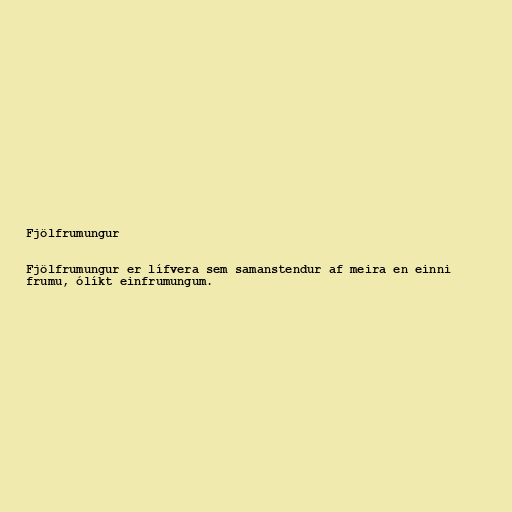
Fjölfrumungur

Fjölfrumungur er lífvera sem samanstendur af meira en einni
frumu, ólíkt einfrumungum.